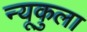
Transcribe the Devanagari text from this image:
न्यूकुला